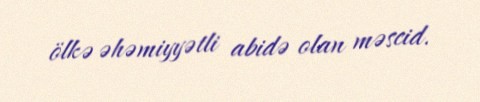
ölkə əhəmiyyətli abidə olan məscid.